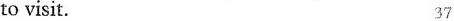
to visit. 37